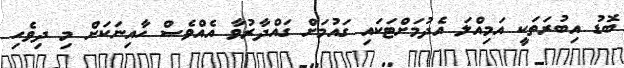
ބޮޑު އިބުރަތަކީ އަމިއްލަ އެދުމަށްޓަކައި ގައުމަށް ގައްދާރުވާ އެއްވެސް ހާއިނަކަށް މި ދިވެހި